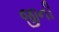
જીની